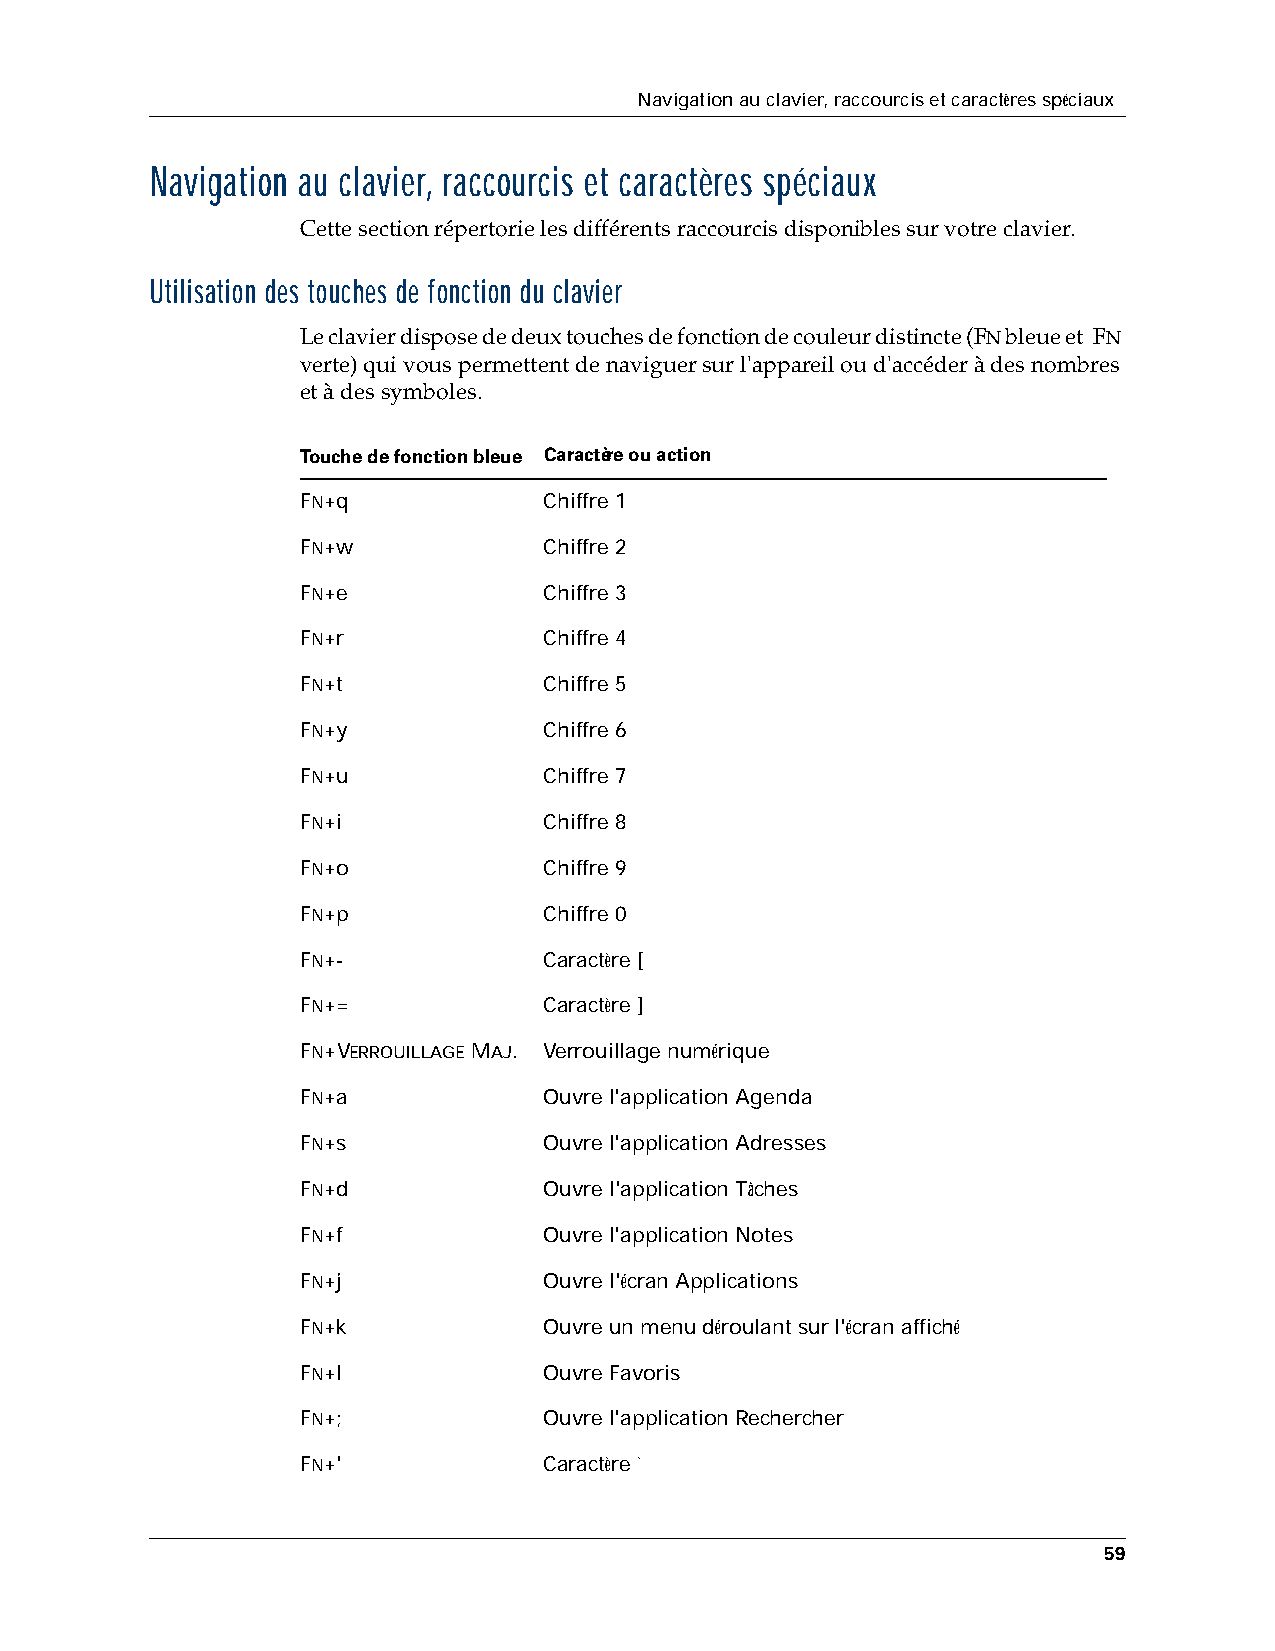
Navigation au clavier, raccourcis et caractères spéciaux
 Navigation au clavier, raccourcis et caractères spéciaux
 Cette section répertorie les différents raccourcis disponibles sur votre clavier.
 Utilisation des touches de fonction du clavier
 Le clavier dispose de deux touches de fonction de couleur distincte (FN bleue et FN
 verte) qui vous permettent de naviguer sur l'appareil ou d'accéder à des nombres
 et à des symboles.
 Touche de fonction bleue Caractère ou action
 FN+q            Chiffre 1
 FN+w            Chiffre 2
 FN+e            Chiffre 3
 FN+r            Chiffre 4
 FN+t            Chiffre 5
 FN+y            Chiffre 6
 FN+u            Chiffre 7
 FN+i            Chiffre 8
 FN+o            Chiffre 9
 FN+p            Chiffre 0
 FN+-            Caractère [
 FN+=            Caractère ]
 FN+VERROUILLAGE MAJ. Verrouillage numérique
 FN+a            Ouvre l'application Agenda
 FN+s            Ouvre l'application Adresses
 FN+d            Ouvre l'application Tâches
 FN+f            Ouvre l'application Notes
 FN+j            Ouvre l'écran Applications
 FN+k            Ouvre un menu déroulant sur l'écran affiché
 FN+l            Ouvre Favoris
 FN+;            Ouvre l'application Rechercher
 FN+'            Caractère `
 59